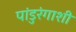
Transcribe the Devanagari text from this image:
पांडुरंगाशी